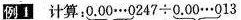
例1 计算：$$0 . 0 0 \cdots 0 2 4 7 \div 0 . 0 0 \cdots 0 1 3$$